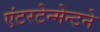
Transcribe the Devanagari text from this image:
एंटरटेन्मेन्टने